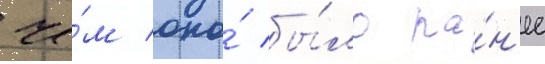
че́м оно́ бы́ло ра́н'ее